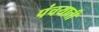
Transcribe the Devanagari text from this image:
पंचयाती